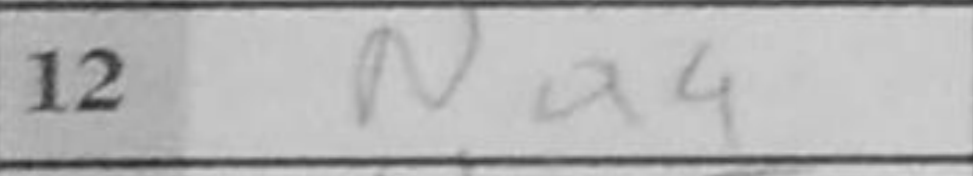
Transcription: Na4